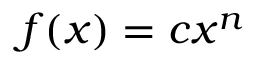
f ( x ) = c x ^ { n }